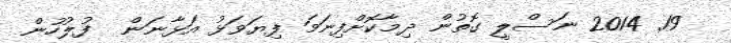
19